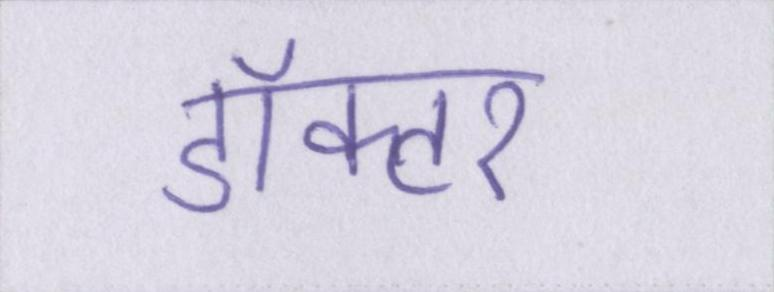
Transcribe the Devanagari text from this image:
डॉक्टर